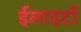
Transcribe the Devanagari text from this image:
ईलाइटों